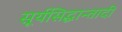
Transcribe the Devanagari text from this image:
सूर्यसिद्धान्तादी